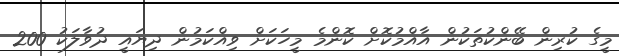
މީގެ ކުރިން ބޭންކުތަކުން އާއްމުކޮށް ކޮންމެ މީހަކަށް ވިއްކަމުން ދިޔައީ ދުވާލަކު 200